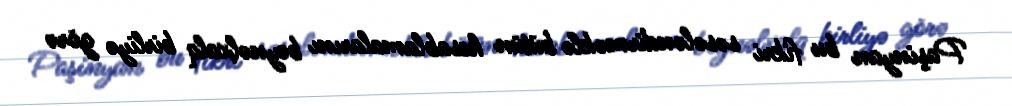
Paşinyan bu fikri səsələndirməklə bütün hesablamalarını beynəlxalq birliyə görə